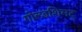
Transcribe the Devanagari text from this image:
गोल्डशिमट्